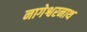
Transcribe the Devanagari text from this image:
नागेश्वरनाथ